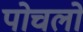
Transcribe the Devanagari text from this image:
पोचलो